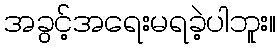
အခွင့်အရေးမရခဲ့ပါဘူး။